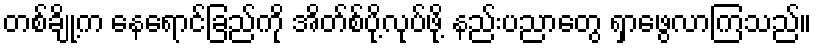
တစ်ချို့က နေရောင်ခြည်ကို အိတ်စ်ပို့လုပ်ဖို့ နည်းပညာတွေ ရှာဖွေလာကြသည်။